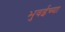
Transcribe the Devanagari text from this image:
भुवईच्या